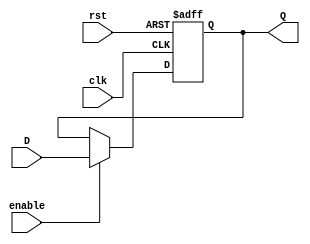
module sixteen_bit_reg(D, clk, rst, Q, enable);
	
	input enable;
	input[15:0] D;
	input clk, rst;
	output reg [15:0] Q;

	always @(posedge clk or posedge rst) begin

		if (rst == 1'b1)
			Q <= 16'b0;
		else if (enable == 1'b1)
			Q <= D;
		end
		
endmodule